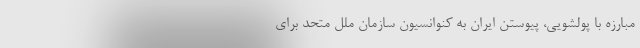
مبارزه با پولشویی، پیوستن ایران به کنوانسیون سازمان ملل متحد برای